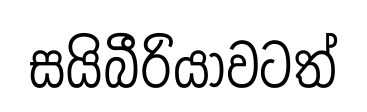
සයිබීරියාවටත්